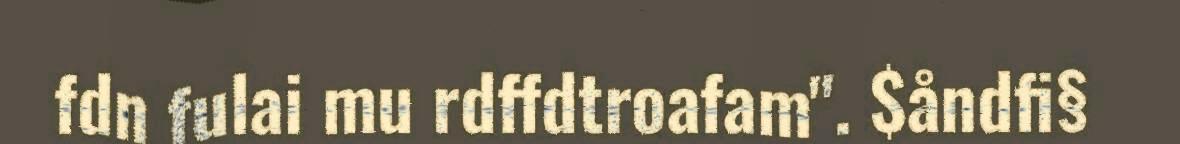
fdn fulai mu rdffdtroafam". $åndfi§